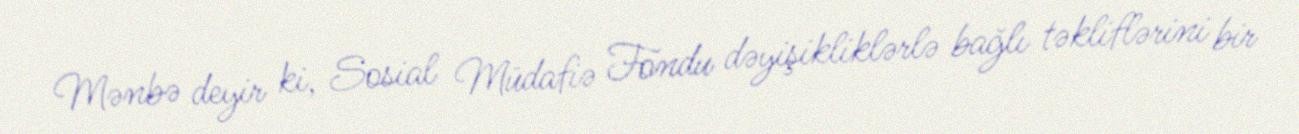
Mənbə deyir ki, Sosial Müdafiə Fondu dəyişikliklərlə bağlı təkliflərini bir